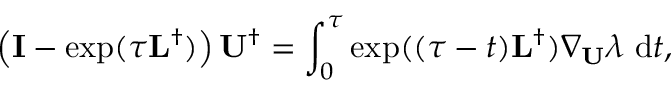
\left( \mathbf { I } - \exp ( \tau \mathbf { L } ^ { \dagger } ) \right) \mathbf { U } ^ { \dagger } = \int _ { 0 } ^ { \tau } \exp ( ( \tau - t ) \mathbf { L } ^ { \dagger } ) \nabla _ { \mathbf { U } } \lambda \ \mathrm { d } t ,